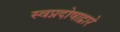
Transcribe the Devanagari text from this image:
स्वप्नदोषाद्वारे